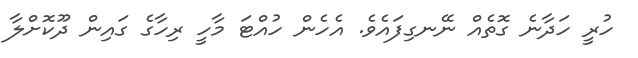
ހުރީ ހަދާނެ ގޮތެއް ނޭނގިފައެވެ. އެހެން ހުއްޓަ މާހީ ރިހާގެ ގައިން ދޫކޮށްލާ